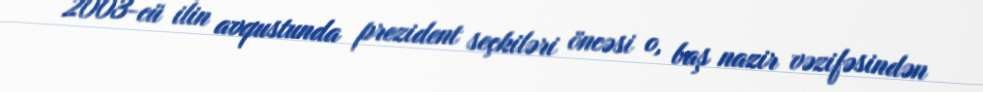
2003-cü ilin avqustunda prezident seçkiləri öncəsi o, baş nazir vəzifəsindən